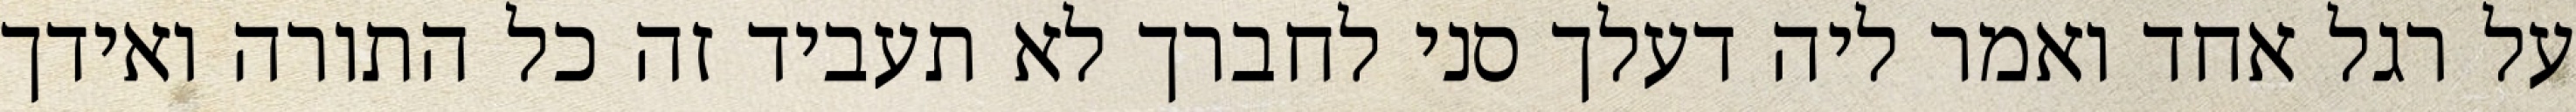
על רגל אחד ואמר ליה דעלך סני לחברך לא תעביד זה כל התורה ואידך